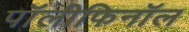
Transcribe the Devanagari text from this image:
पॉलीफिनॉल